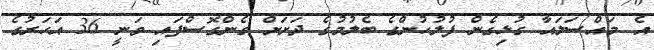
އެ މައްސަލައާ ގުޅިގެން ފުލުހުންގެ ބެލުމުގެ ދަށަށް ގެންގޮސްފައި ވަނީ 36 އަހަރުގެ